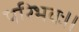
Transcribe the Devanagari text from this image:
परिभवः।।